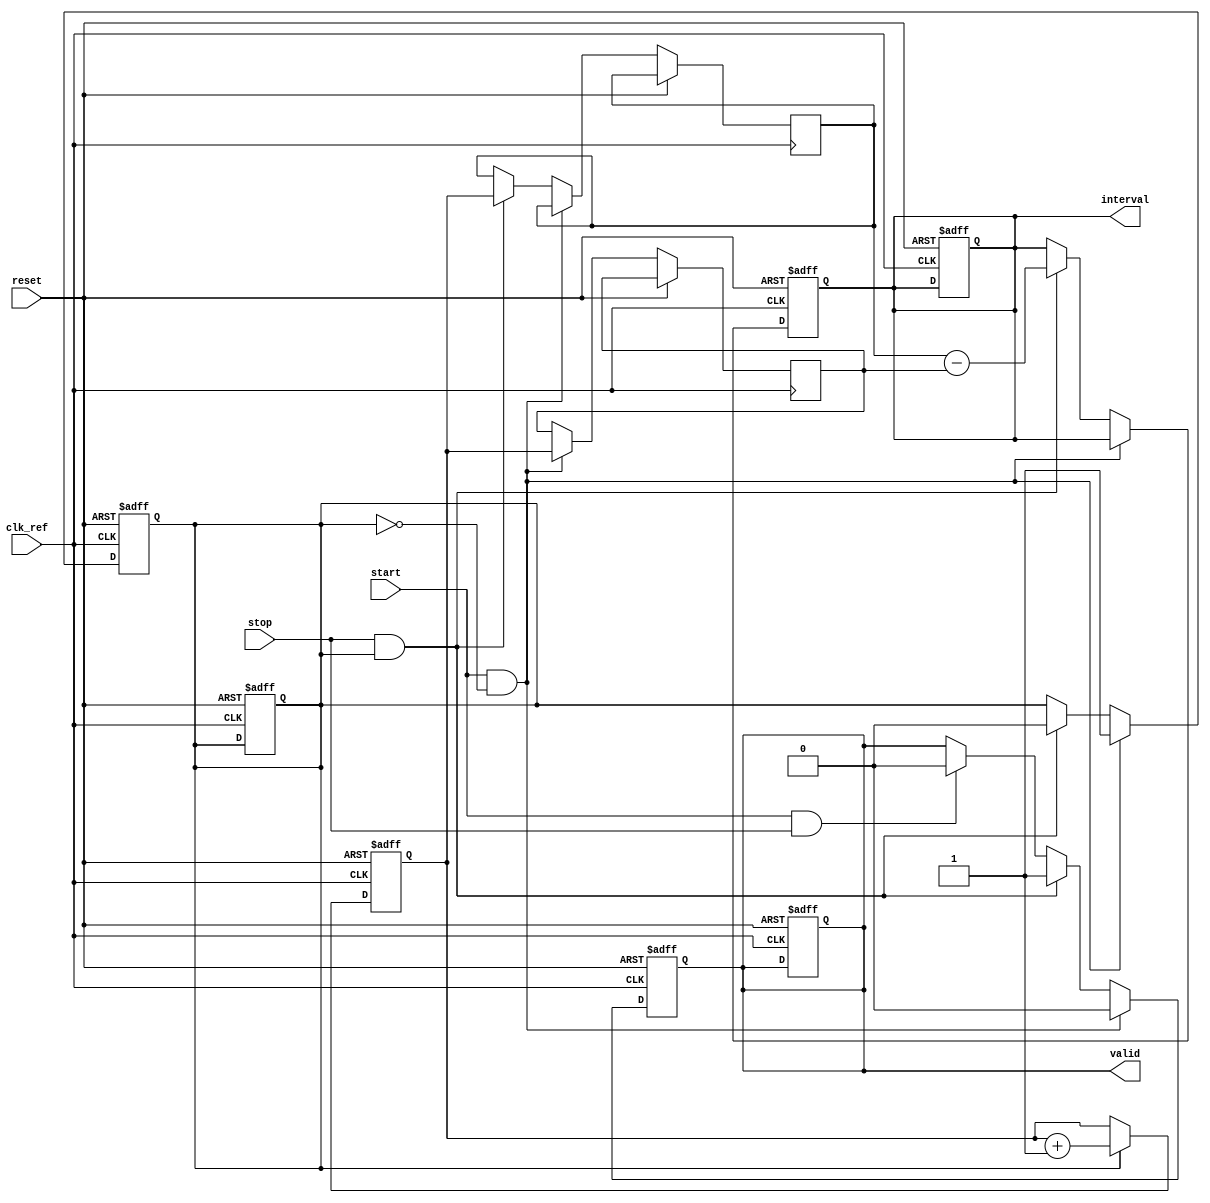
module synchronized_tdc (
    input wire clk_ref,        // Reference clock
    input wire start,          // Start signal
    input wire stop,           // Stop signal
    output reg [31:0] interval, // Output time interval
    output reg valid,          // Valid output flag
    input wire reset           // Reset signal
);

    reg [31:0] counter;        // Counter to measure time intervals
    reg [31:0] start_time;     // Store start time
    reg [31:0] stop_time;      // Store stop time
    reg capturing;             // Flag to indicate capturing state

    // Counter logic
    always @(posedge clk_ref or posedge reset) begin
        if (reset) begin
            counter <= 32'b0;
            capturing <= 1'b0;
            valid <= 1'b0;
            interval <= 32'b0;
        end else begin
            if (capturing) begin
                counter <= counter + 1; // Increment counter on every clock cycle
            end
        end
    end

    // Start and Stop signal handling
    always @(posedge clk_ref or posedge reset) begin
        if (reset) begin
            capturing <= 1'b0;
            valid <= 1'b0;
            interval <= 32'b0;
        end else begin
            if (start && !capturing) begin
                start_time <= counter; // Capture start time
                capturing <= 1'b1;      // Start capturing
                valid <= 1'b0;          // Reset valid flag
            end else if (stop && capturing) begin
                stop_time <= counter;  // Capture stop time
                capturing <= 1'b0;      // Stop capturing
                interval <= stop_time - start_time; // Calculate interval
                valid <= 1'b1;          // Set valid flag
            end else if (start && stop) begin
                // Handle simultaneous start and stop signals
                valid <= 1'b0;          // Invalid measurement
            end
        end
    end

endmodule